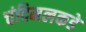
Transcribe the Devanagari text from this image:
चंदिमलकडे